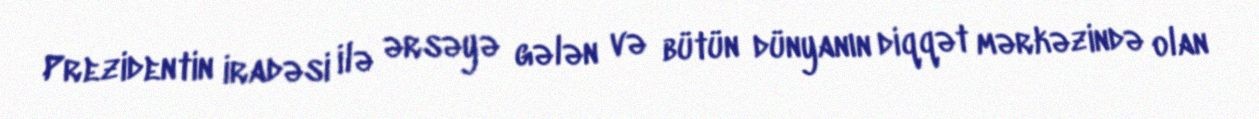
Prezidentin iradəsi ilə ərsəyə gələn və bütün dünyanın diqqət mərkəzində olan